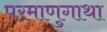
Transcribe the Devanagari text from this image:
परमाणुगाथा